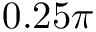
0 . 2 5 \pi